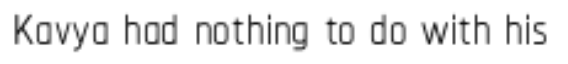
Kavya had nothing to do with his